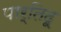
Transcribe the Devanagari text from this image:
पार्तिदू